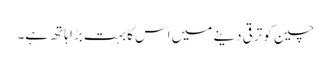
چین کو ترقی دینے میں اس کا بہت بڑا ہاتھ ہے۔